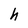
Character: h